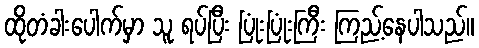
ထိုတံခါးပေါက်မှာ သူ ရပ်ပြီး ပြုံးပြုံးကြီး ကြည့်နေပါသည်။